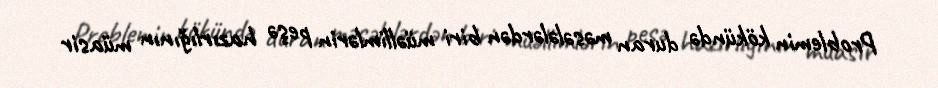
Problemin kökündə duran məsələlərdən biri müəllimlərin peşə hazırlığının müasir